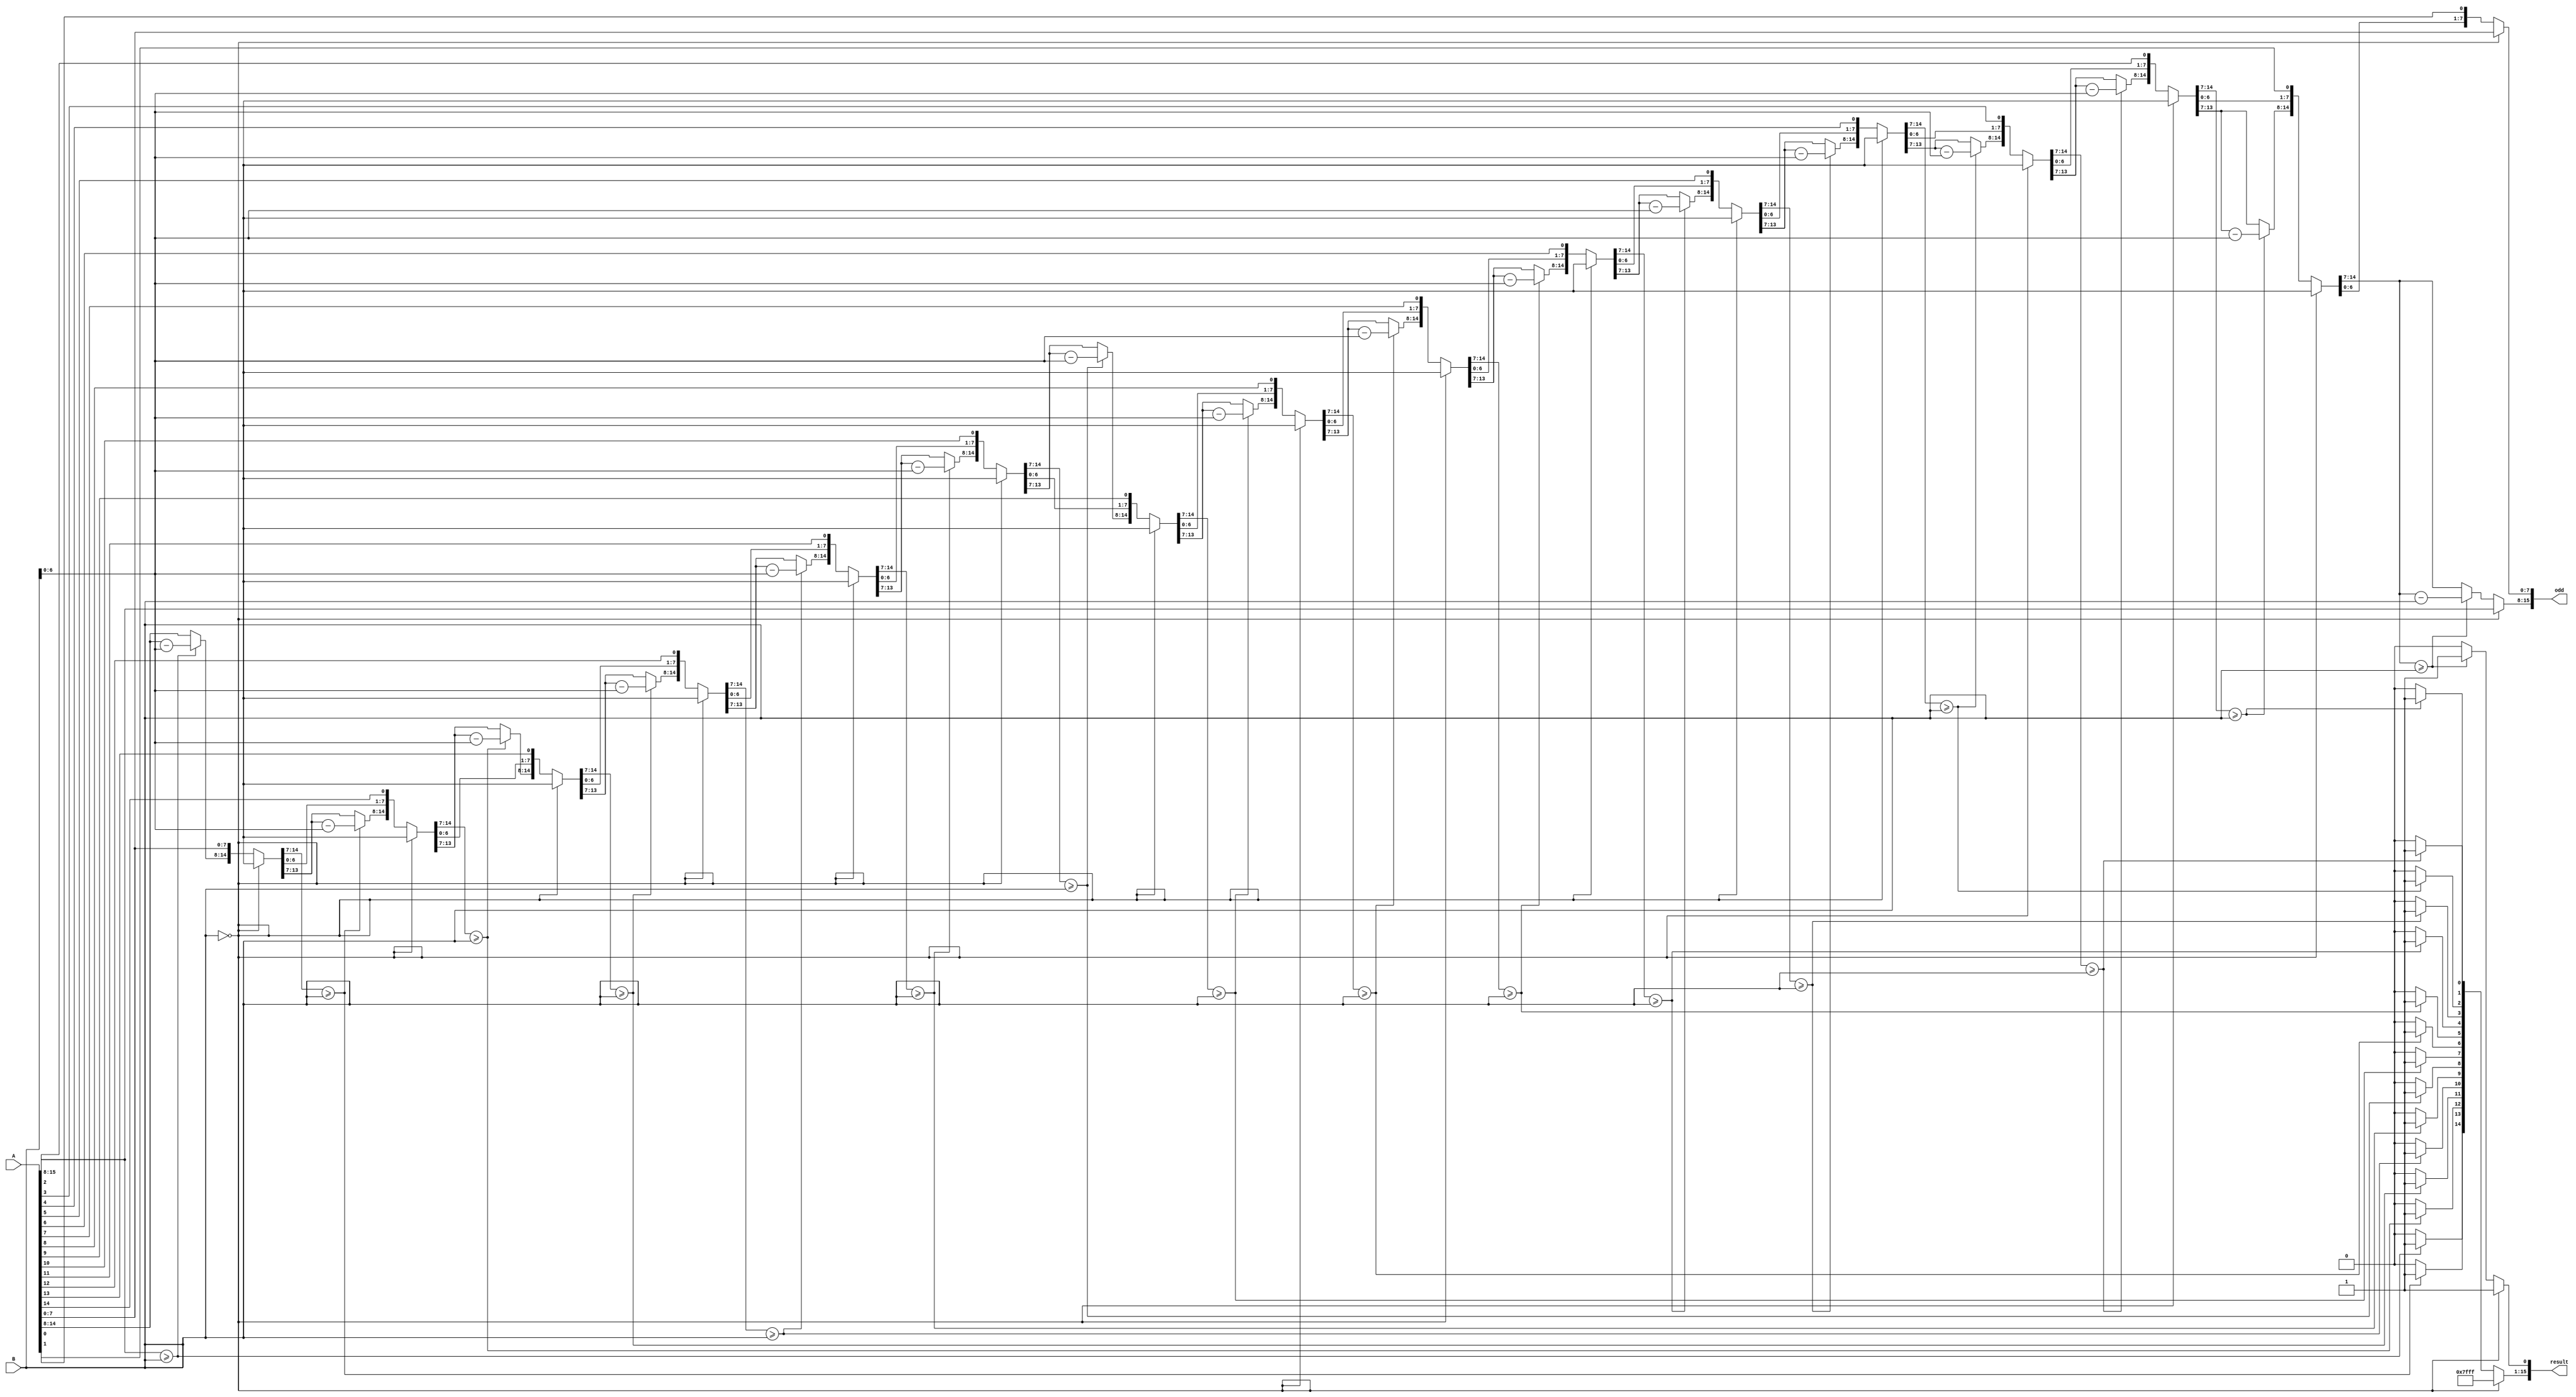
module div_16bit(
    input [15:0] A,
    input [7:0] B,
    output reg [15:0] result,
    output reg [15:0] odd
);
    integer i;
    
    always @(*) begin
        // Initialize the outputs
        result = 0;
        odd = A; // Start with the full dividend as the initial remainder
        
        // Check for division by zero. This check can be enhanced to handle the error.
        if (B == 0) begin
            result = 16'hFFFF; // Indicate an error or overflow
            odd = A;
        end else begin
            // Perform the division using a for loop to iterate over each bit
            for (i = 15; i >= 0; i = i - 1) begin
                // Shift left the result to make room for the next bit
                result = result << 1;
                // Extract the highest bits of the remainder to match divisor width
                if (odd[15:8] >= B) begin
                    // Subtract the divisor from the extracted bits and get the new remainder
                    odd[15:8] = odd[15:8] - B;
                    // Since the remainder is larger, set the quotient bit to 1
                    result[0] = 1;
                end
                // Shift up the remainder to bring in the next bit of the dividend
                if (i > 0) begin
                    odd = odd << 1;
                    odd[0] = A[i-1];
                end
            end
        end
    end
endmodule